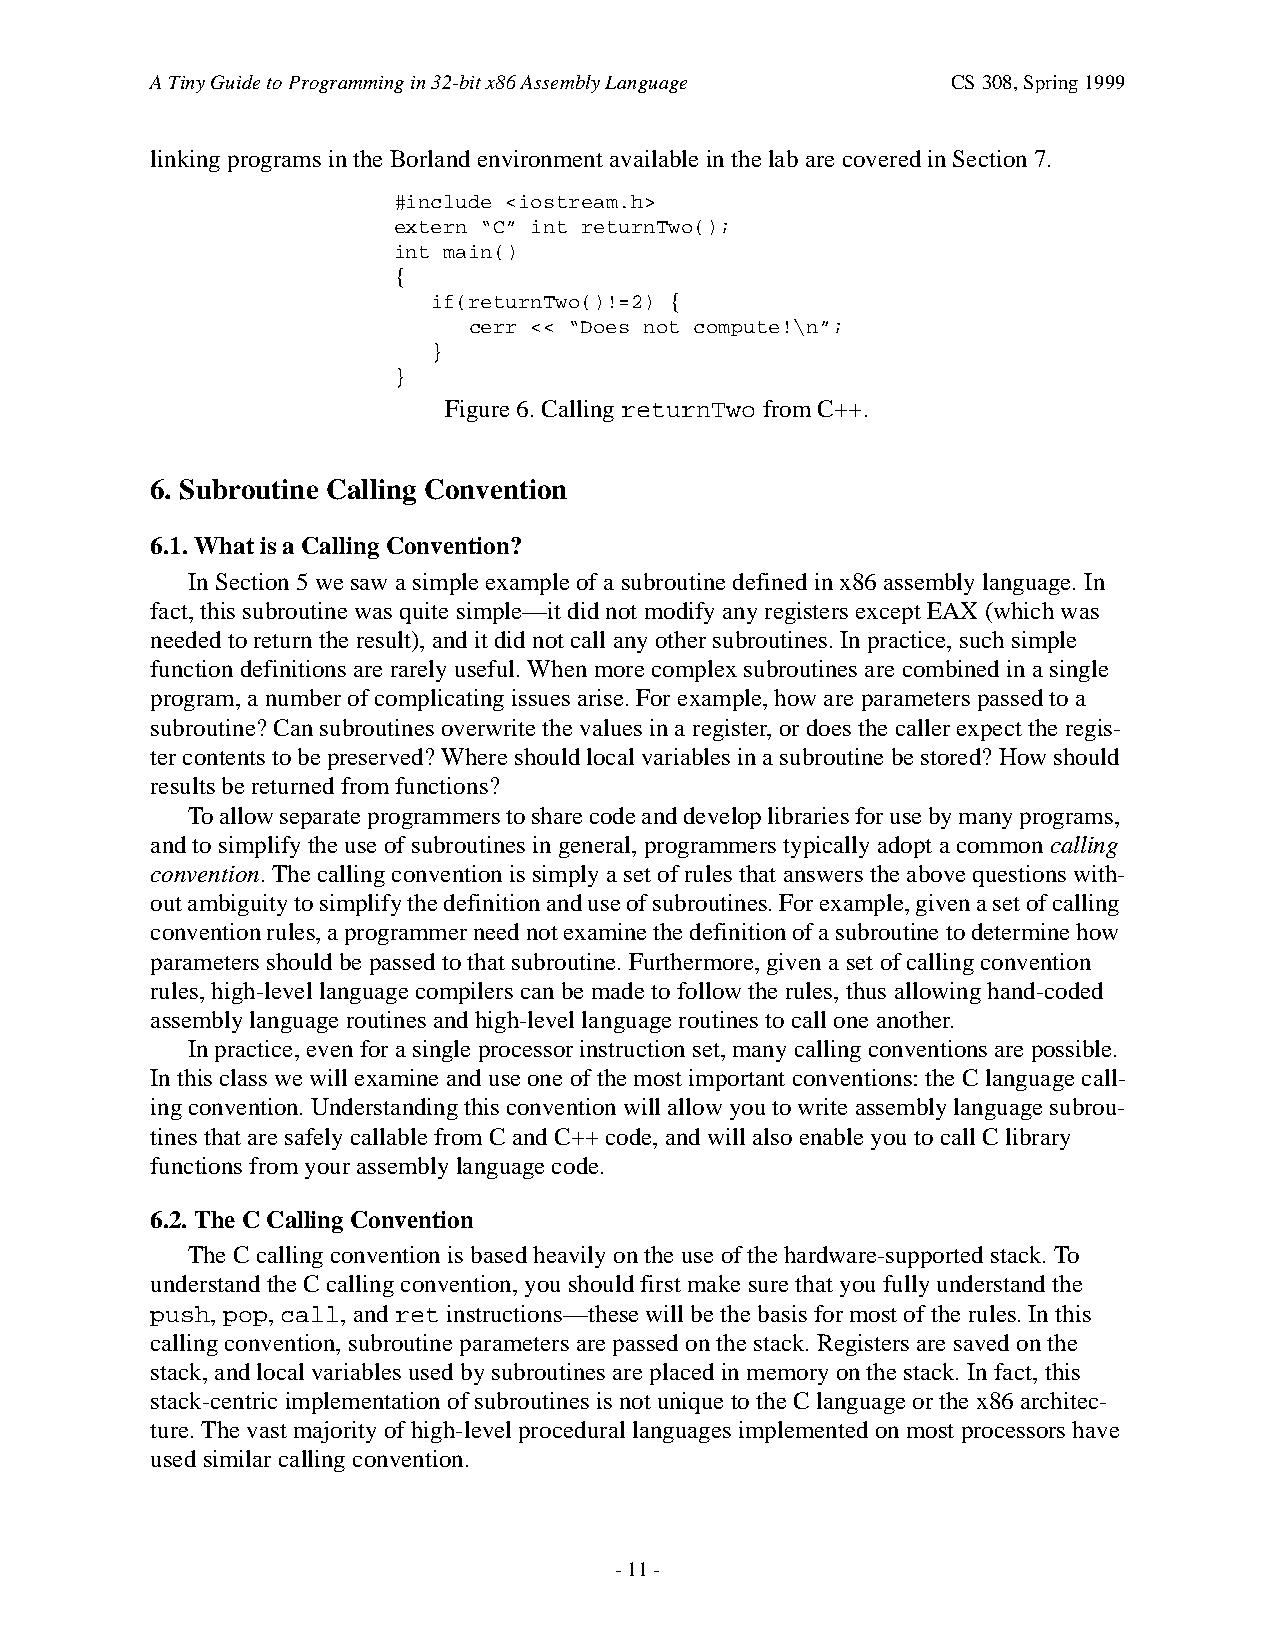
A Tiny Guide to Programming in 32-bit x86 Assembly Language CS 308, Spring 1999
 linking programs in the Borland environment available in the lab are covered in Section 7.
 #include <iostream.h>
 extern “C” int returnTwo();
 int main()
 {
 if(returnTwo()!=2) {
 cerr << “Does not compute!\n”;
 }
 }
 Figure 6. Calling returnTwo from C++.
 6. Subroutine Calling Convention
 6.1. What is a Calling Convention?
 In Section 5 we saw a simple example of a subroutine defined in x86 assembly language. In
 fact, this subroutine was quite simple—it did not modify any registers except EAX (which was
 needed to return the result), and it did not call any other subroutines. In practice, such simple
 function definitions are rarely useful. When more complex subroutines are combined in a single
 program, a number of complicating issues arise. For example, how are parameters passed to a
 subroutine? Can subroutines overwrite the values in a register, or does the caller expect the regis-
 ter contents to be preserved? Where should local variables in a subroutine be stored? How should
 results be returned from functions?
 To allow separate programmers to share code and develop libraries for use by many programs,
 and to simplify the use of subroutines in general, programmers typically adopt a common calling
 convention. The calling convention is simply a set of rules that answers the above questions with-
 out ambiguity to simplify the definition and use of subroutines. For example, given a set of calling
 convention rules, a programmer need not examine the definition of a subroutine to determine how
 parameters should be passed to that subroutine. Furthermore, given a set of calling convention
 rules, high-level language compilers can be made to follow the rules, thus allowing hand-coded
 assembly language routines and high-level language routines to call one another.
 In practice, even for a single processor instruction set, many calling conventions are possible.
 In this class we will examine and use one of the most important conventions: the C language call-
 ing convention. Understanding this convention will allow you to write assembly language subrou-
 tines that are safely callable from C and C++ code, and will also enable you to call C library
 functions from your assembly language code.
 6.2. The C Calling Convention
 The C calling convention is based heavily on the use of the hardware-supported stack. To
 understand the C calling convention, you should first make sure that you fully understand the
 push, pop, call, and ret instructions—these will be the basis for most of the rules. In this
 calling convention, subroutine parameters are passed on the stack. Registers are saved on the
 stack, and local variables used by subroutines are placed in memory on the stack. In fact, this
 stack-centric implementation of subroutines is not unique to the C language or the x86 architec-
 ture. The vast majority of high-level procedural languages implemented on most processors have
 used similar calling convention.
 - 11 -